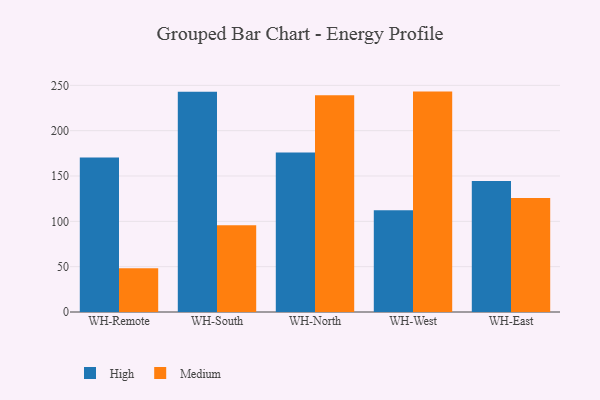
{"axis": {"x": "Warehouse", "y": "Production Output"}, "legend": ["High", "Medium"], "data": [{"x": "WH-Remote", "y": 170.5, "type": "High"}, {"x": "WH-Remote", "y": 48.3, "type": "Medium"}, {"x": "WH-South", "y": 242.8, "type": "High"}, {"x": "WH-South", "y": 95.7, "type": "Medium"}, {"x": "WH-North", "y": 176.0, "type": "High"}, {"x": "WH-North", "y": 239.1, "type": "Medium"}, {"x": "WH-West", "y": 112.3, "type": "High"}, {"x": "WH-West", "y": 243.1, "type": "Medium"}, {"x": "WH-East", "y": 144.6, "type": "High"}, {"x": "WH-East", "y": 125.7, "type": "Medium"}]}